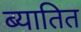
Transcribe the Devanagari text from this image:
ब्यातित